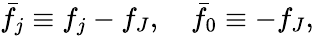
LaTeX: \bar{f}_{j}\equiv f_{j}-f_{J},\quad\bar{f}_{0}\equiv-f_{J},